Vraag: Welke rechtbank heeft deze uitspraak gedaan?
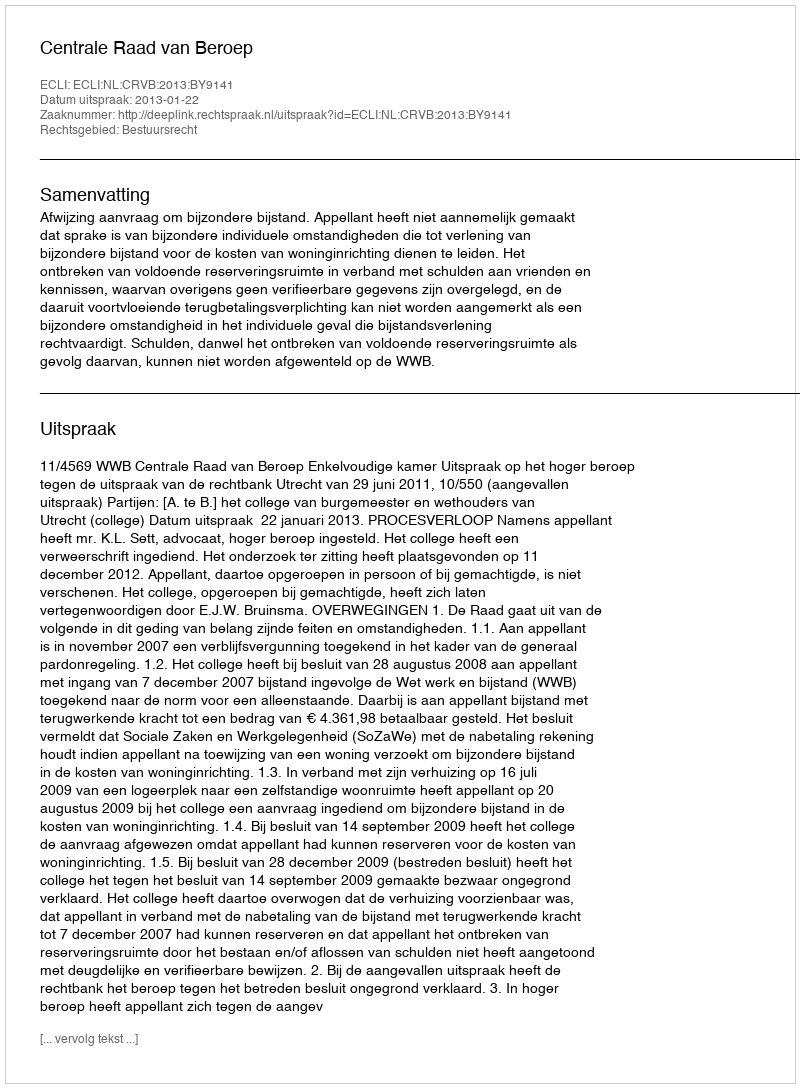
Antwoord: Centrale Raad van Beroep